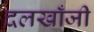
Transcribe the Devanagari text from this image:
दलखाँजी